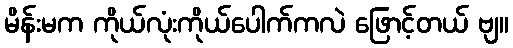
မိန်းမက ကိုယ်လုံးကိုယ်ပေါက်ကလဲ ဖြောင့်တယ် ဗျ။